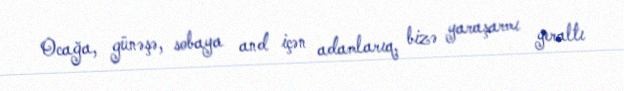
Ocağa, günəşə, sobaya and içən adamlarıq, bizə yaraşarmı yeraltı